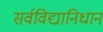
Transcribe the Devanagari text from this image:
सर्वविद्यानिधान